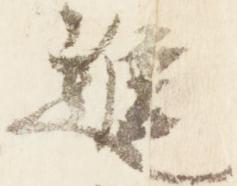
進